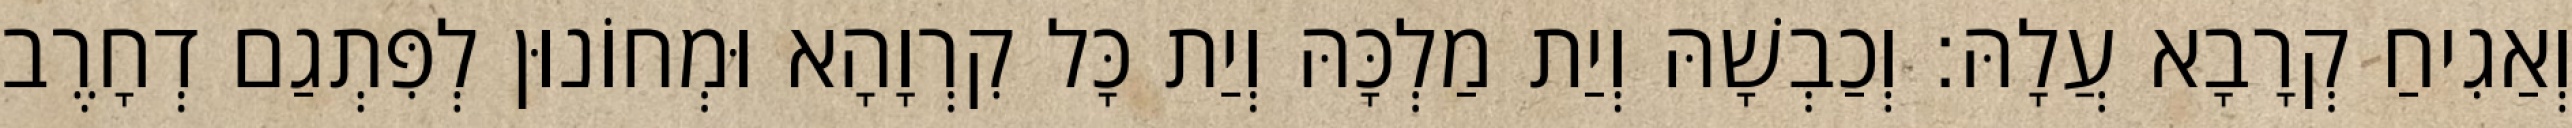
וְאַגִיחַ קְרָבָא עֲלָהּ׃ וְכַבְשָׁהּ וְיַת מַלְכָּהּ וְיַת כָּל קִרְוָהָא וּמְחוֹנוּן לְפִּתְגַם דְחָרֶב